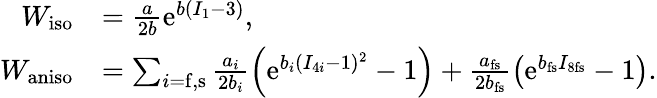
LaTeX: \begin{array}{rl}{W_{\mathrm{iso}}}&{=\frac{a}{2b}\mathrm{e}^{b(I_{1}-3)}\mathrm{,}}\\ {W_{\mathrm{aniso}}}&{=\sum_{i=\mathrm{f},\mathrm{s}}\frac{a_{i}}{2b_{i}}\left(\mathrm{e}^{b_{i}(I_{4i}-1)^{2}}-1\right)+\frac{a_{\mathrm{fs}}}{2b_{\mathrm{fs}}}\left(\mathrm{e}^{b_{\mathrm{fs}}I_{8\mathrm{fs}}}-1\right)\mathrm{.}}\end{array}